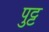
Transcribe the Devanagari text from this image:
पुट्ट